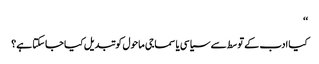
‘‘
کیا ادب کے توسط سے سیاسی یا سماجی ماحول کو تبدیل کیا جاسکتا ہے؟